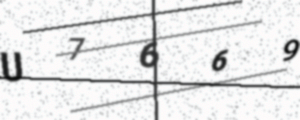
Text: U7669